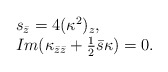
\begin{align*}\begin{array}{l} s_{\bar{z}} = 4 (\kappa^2)_{z},\\Im( \kappa_{\bar{z}\bar{z}} + \frac{1}{2} \bar{s} \kappa) = 0.\end{array}\end{align*}